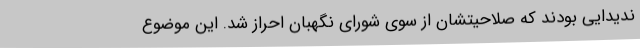
ندیدایی بودند که صلاحیتشان از سوی شورای نگهبان احراز شد. این موضوع